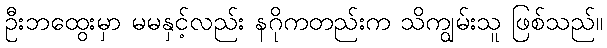
ဦးဘထွေးမှာ မမနှင့်လည်း နဂိုကတည်းက သိကျွမ်းသူ ဖြစ်သည်။